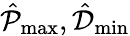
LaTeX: \hat{\mathcal{P}}_{\operatorname*{max}},\hat{\mathcal{D}}_{\operatorname*{min}}